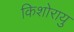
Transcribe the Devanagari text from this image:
किशोरायु